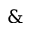
\&